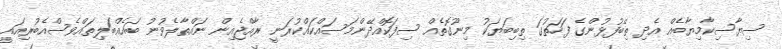
ސިޔާސިކާމިޔާބެއް އެދި ތިބޭފުޅުންގެ ފަހަތުގަ ތިބިބަޔަކު މިނޫގޮތެއް ސިފަކޮއްދޭންމަސައްކައްކުރަނީ ރާއްޖެއިން ނައްތާލެވުނު ބައެއްބަލިތައްވެސްއެބުރިއައީ